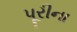
પૂરીના